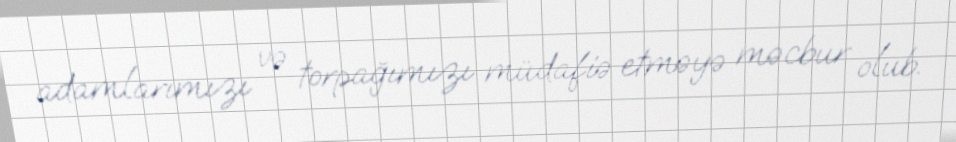
adamlarımızı və torpağımızı müdafiə etməyə məcbur olub.